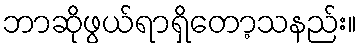
ဘာဆိုဖွယ်ရာရှိတော့သနည်း။